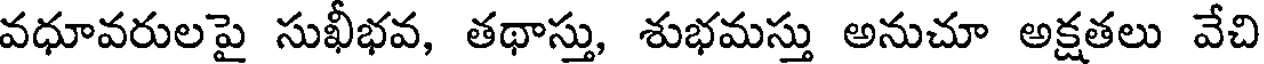
వధూవరులపై సుఖీభవ, తథాస్తు, శుభమస్తు అనుచూ అక్షతలు వేచి